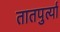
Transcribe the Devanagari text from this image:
तातपुर्त्या